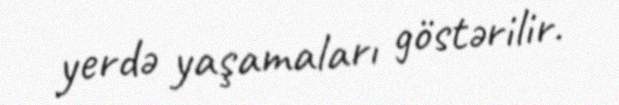
yerdə yaşamaları göstərilir.